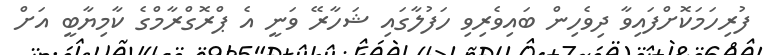
ފުރިހަމަކޮށްފައިވާ ދިވެހިން ބައިވެރިވި ހަފުލާގައި ޝަހާރޭ ވަނީ އެ ޕްރޮގްރާމްގެ ކާމިޔާބީ އަށް